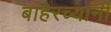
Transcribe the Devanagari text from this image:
बाहेरच्यांनी